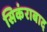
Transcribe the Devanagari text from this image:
सिकंराबाद